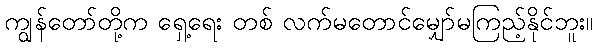
ကျွန်တော်တို့က ရှေ့ရေး တစ် လက်မတောင်မျှော်မကြည့်နိုင်ဘူး။